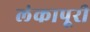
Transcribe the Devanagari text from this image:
लंकापूरी